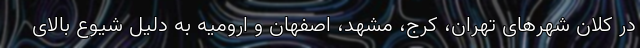
در کلان شهرهای تهران، کرج، مشهد، اصفهان و ارومیه به دلیل شیوع بالای